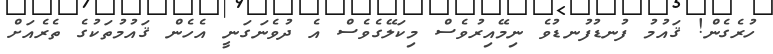
ހުރެގެން! ޤައުމު ފުނޑުފުނޑުވެ ނިމޭއިރުވެސް މިކަލޭގެެވެސް އެ ދުވެނަގަނީ އެހެން ޤައުމުތަކުގެ ތެރެއަށް